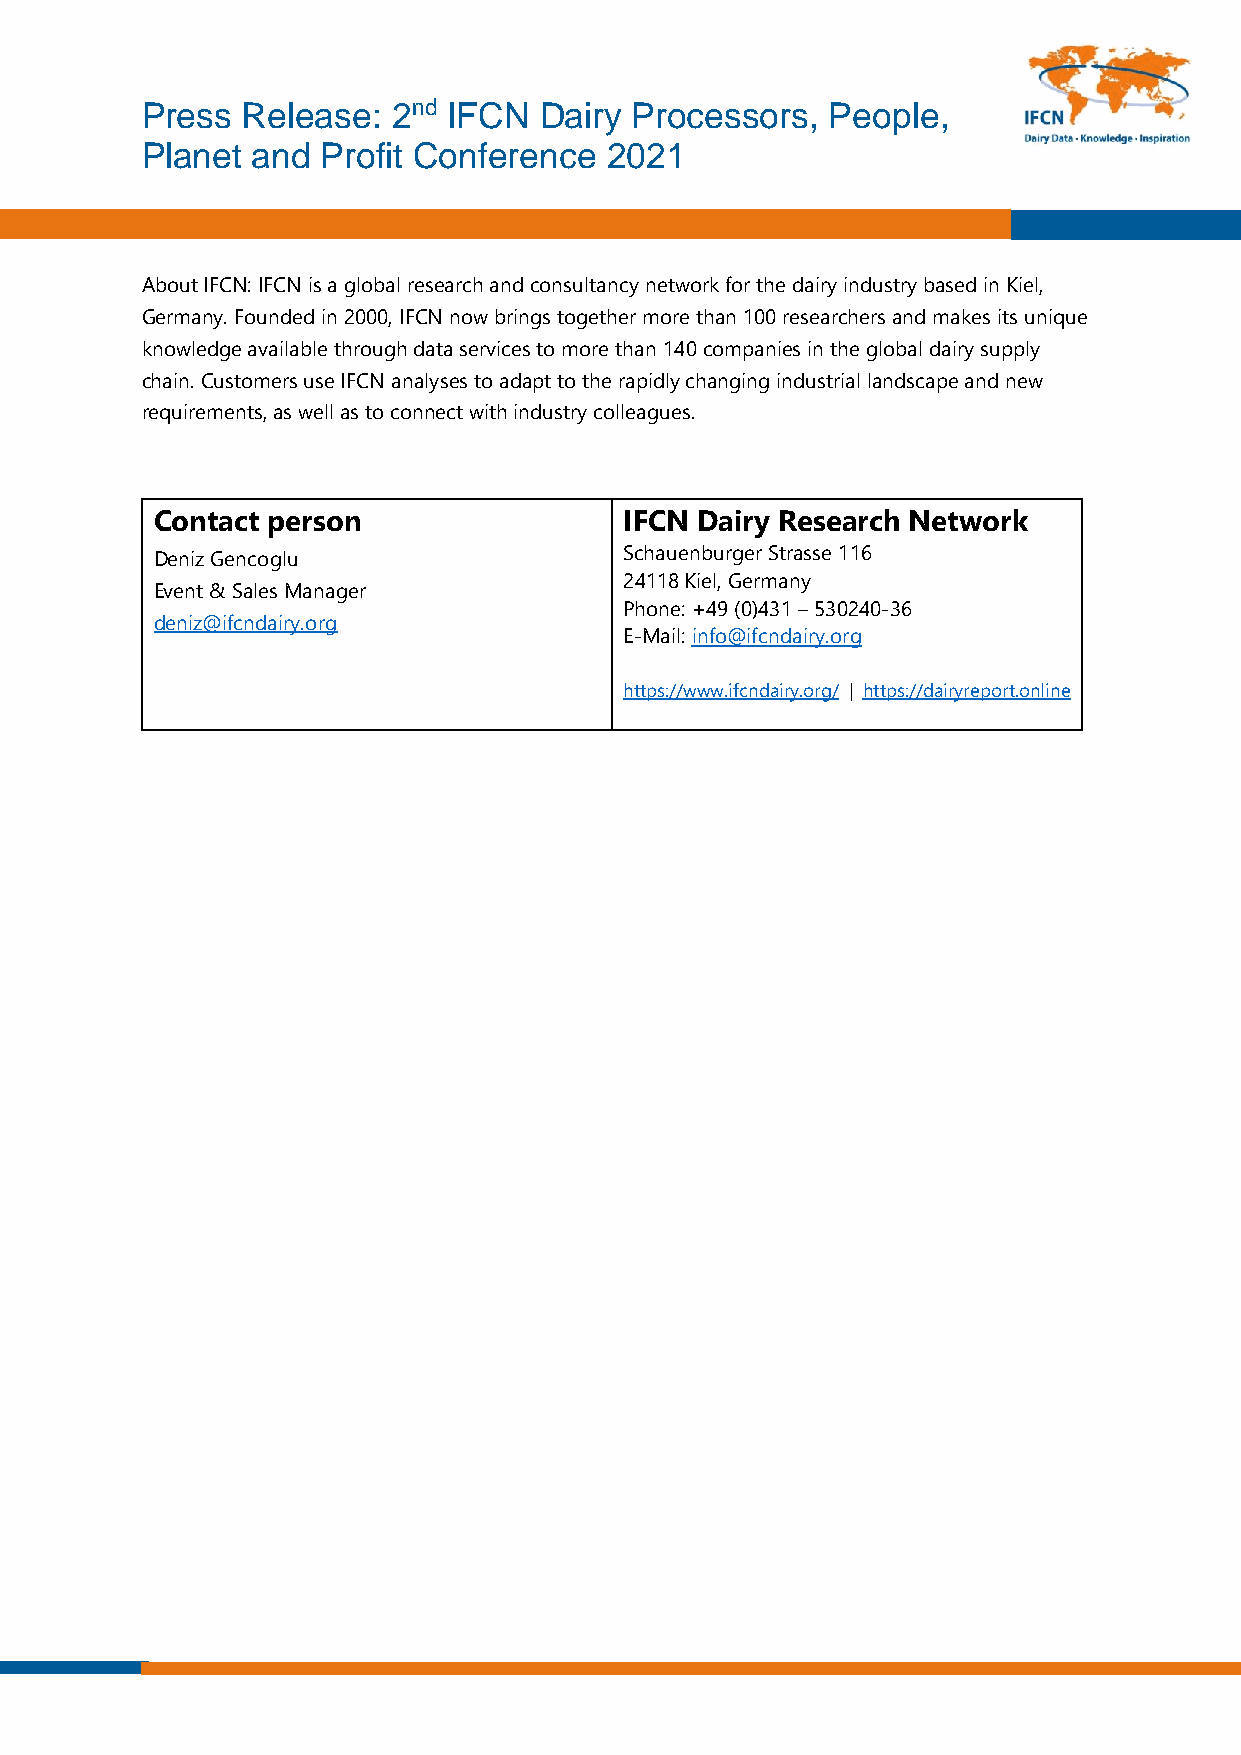
Press  Release:  2nd IFCN  Dairy Processors,  People,
 Planet  and Profit Conference  2021
 About IFCN: IFCN is a global research and consultancy network for the dairy industry based in Kiel,
 Germany. Founded in 2000, IFCN now brings together more than 100 researchers and makes its unique
 knowledge available through data services to more than 140 companies in the global dairy supply
 chain. Customers use IFCN analyses to adapt to the rapidly changing industrial landscape and new
 requirements, as well as to connect with industry colleagues.
 Contact person                 IFCN Dairy Research Network
 Deniz Gencoglu                 Schauenburger Strasse 116
 24118 Kiel, Germany
 Event & Sales Manager
 Phone: +49 (0)431 – 530240-36
 deniz@ifcndairy.org
 E-Mail: info@ifcndairy.org
 https://www.ifcndairy.org/ | https://dairyreport.online